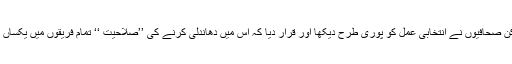
کارکن صحافیوں نے انتخابی عمل کو پوری طرح دیکھا اور قرار دیا کہ اس میں دھاندلی کرنے کی ’’صلاحیت ‘‘ تمام فریقوں میں یکساں تھی۔